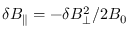
\delta B _ { \parallel } = - \delta B _ { \perp } ^ { 2 } / 2 B _ { 0 }